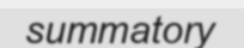
summatory